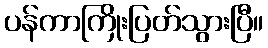
ပန်ကာကြိုးပြတ်သွားပြီ။